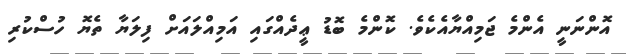
އޮންނަނީ އެންމެ ޖަމިއްޔާއެކެވެ. ކޮންމެ ބޮޑު ޢީދެއްގައި އަމިއްލައަށް ފިލަޔާ ތެޔޮ ހުސްކުރި